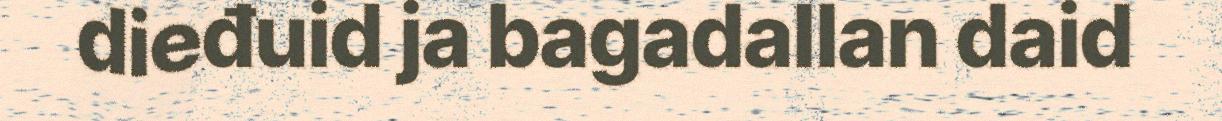
dieđuid ja bagadallan daid